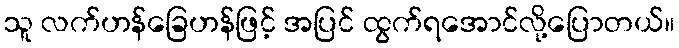
သူ လက်ဟန်ခြေဟန်ဖြင့် အပြင် ထွက်ရအောင်လို့ပြောတယ်။